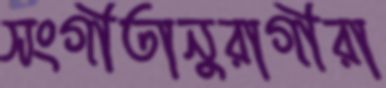
সংগীতানুরাগীরা